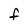
Character: F